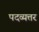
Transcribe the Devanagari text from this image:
पदव्यत्तर